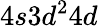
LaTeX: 4s3d^{2}4d